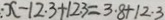
: x - 1 2 . 3 + 1 2 . 3 = 3 . 8 + 1 2 . 3